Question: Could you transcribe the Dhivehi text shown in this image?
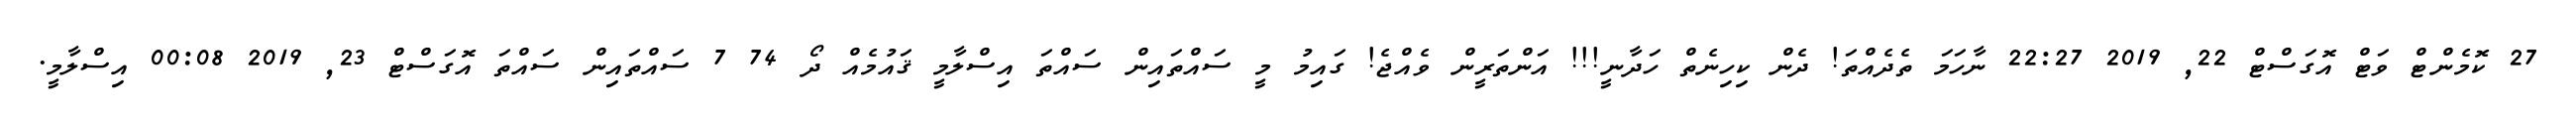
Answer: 27 ކޮމެންޓް ވަޓް އޮގަސްޓް 22, 2019 22:27 ނާހަމަ ތެދެއްތަ! ދެން ކިހިނެތް ހަދާނީ!!! އަންތަރީން ވެއްޖެ! ގައިމު މީ ސައްތައިން ސައްތަ އިސްލާމީ ޤައުމެއް ދޯ 74 7 ސައްތައިން ސައްތަ އޮގަސްޓް 23, 2019 00:08 އިސްލާމީ.